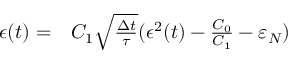
\begin{array} { r l } { \epsilon ( t ) = } & { { } C _ { 1 } \sqrt { \frac { \Delta t } { \tau } } ( \epsilon ^ { 2 } ( t ) - \frac { C _ { 0 } } { C _ { 1 } } - \varepsilon _ { N } ) } \end{array}